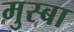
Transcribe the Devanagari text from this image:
मुस्बा